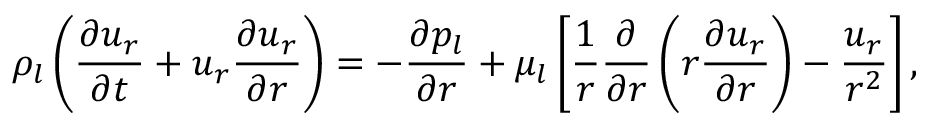
\rho _ { l } \left( \frac { \partial u _ { r } } { \partial t } + u _ { r } \frac { \partial u _ { r } } { \partial r } \right) = - \frac { \partial p _ { l } } { \partial r } + \mu _ { l } \left[ \frac { 1 } { r } \frac { \partial } { \partial r } \left( r \frac { \partial u _ { r } } { \partial r } \right) - \frac { u _ { r } } { r ^ { 2 } } \right] ,